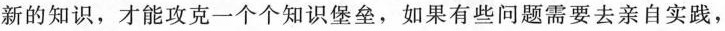
新的知识，才能攻克一个个知识堡垒，如果有些问题需要去亲自实践，